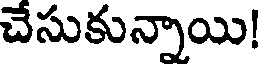
చేసుకున్నాయి!